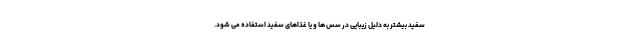
سفید بیشتر به دلیل زیبایی در سس ها و یا غذاهای سفید استفاده می شود.